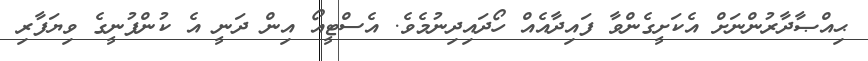
ޙިއްޞާދާރުންނަށް އެކަށީގެންވާ ފައިދާއެއް ހޯދައިދިނުމެވެ. އެސްޓީއޯ އިން ދަނީ އެ ކުންފުނީގެ ވިޔަފާރި